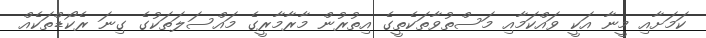
ކަމަށާއި މީނާ އަކީ ވައްކަމާއި މަސްތުވާތަކެތީގެ އިތުރުން މާރާމާރީގެ މައްސަލަތަކުގެ ގިނަ ރެކޯޑްތަކެއް